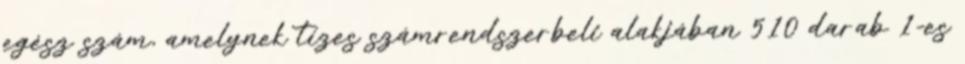
egész szám, amelynek tízes számrendszerbeli alakjában 510 darab 1-es